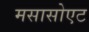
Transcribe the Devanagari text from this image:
मसासोएट